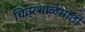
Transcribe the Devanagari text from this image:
चित्रशाळेसाठी